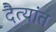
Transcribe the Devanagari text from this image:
दैत्यांत